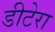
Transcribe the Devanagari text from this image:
डीटेरा